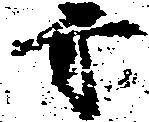
方